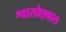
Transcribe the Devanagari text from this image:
श्वासोछ्वास